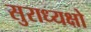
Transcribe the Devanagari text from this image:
सुराध्यक्षो